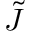
\tilde { J }